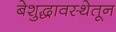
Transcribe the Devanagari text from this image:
बेशुद्धावस्थेतून